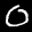
Label: 0